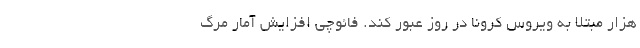
هزار مبتلا به ویروس کرونا در روز عبور کند. فائوچی افزایش آمار مرگ